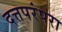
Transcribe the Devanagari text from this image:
दत्तपरंपरा